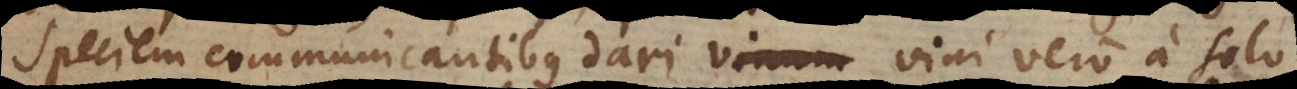
speciem communicantibus dari, vini vero a solo